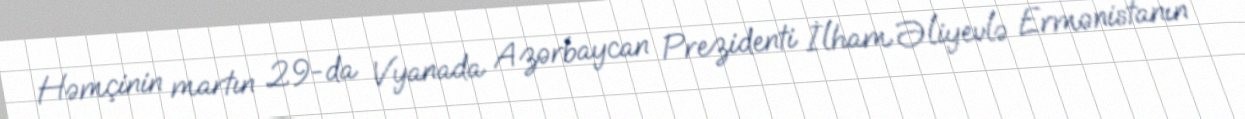
Həmçinin martın 29-da Vyanada Azərbaycan Prezidenti İlham Əliyevlə Ermənistanın